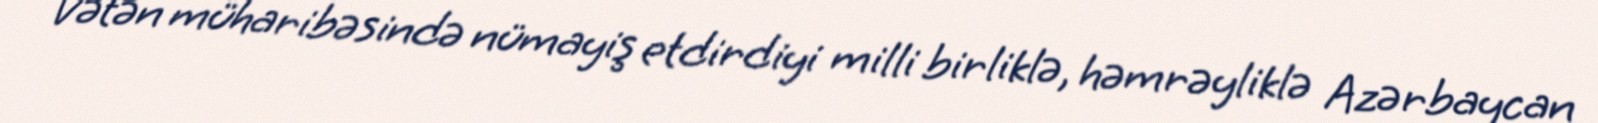
Vətən müharibəsində nümayiş etdirdiyi milli birliklə, həmrəyliklə Azərbaycan